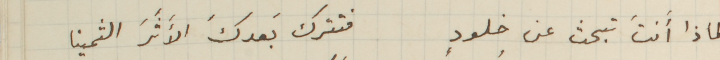
لماذا أَنتَ تبحث عن خلودٍ فتترك بَعدكَ الأَثَرَ الثمينا